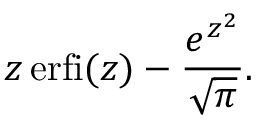
z \operatorname { e r f i } ( z ) - { \frac { e ^ { z ^ { 2 } } } { \sqrt { \pi } } } .